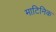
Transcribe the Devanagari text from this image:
माटिनिक